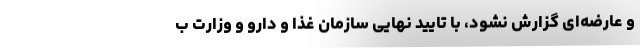
و عارضه‌ای گزارش نشود، با تایید نهایی سازمان غذا و دارو و وزارت ب